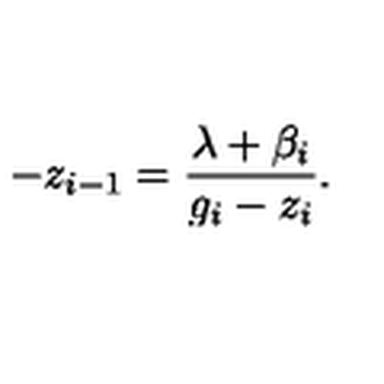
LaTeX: - z _ { i - 1 } = \frac { \lambda + \beta _ { i } } { g _ { i } - z _ { i } } .